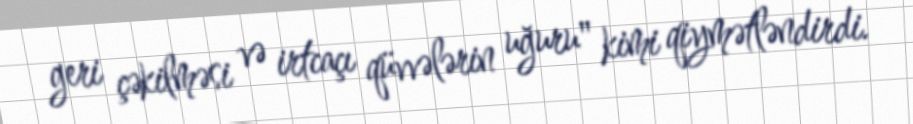
geri çəkilməsi və irtcaçı qüvvələrin uğuru" kimi qiymətləndirdi.